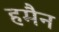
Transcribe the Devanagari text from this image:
हमैन